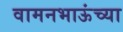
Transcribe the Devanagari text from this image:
वामनभाऊंच्या